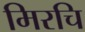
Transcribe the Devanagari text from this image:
मिरचि